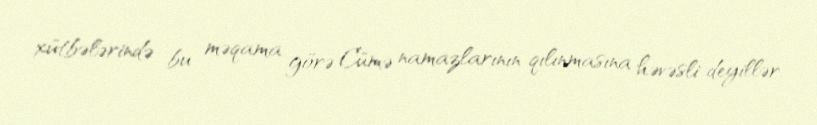
xütbələrində bu məqama görə Cümə namazlarının qılınmasına həvəsli deyillər.